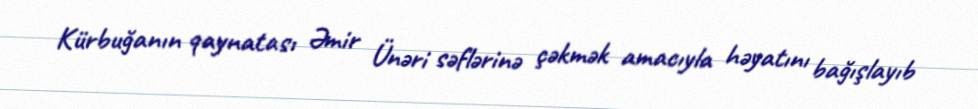
Kürbuğanın qaynatası Əmir Ünəri səflərinə çəkmək amacıyla həyatını bağışlayıb